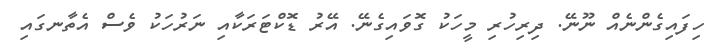
ހިފައިގެންނެއް ނޫނޭ. ދިރިހުރި މީހަކު ގޮވައިގެނޭ. އޭރު ޑޮކްޓަރަކާއި ނަރުހަކު ވެސް އެތާނގައި